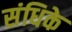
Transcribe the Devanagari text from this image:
संधिके